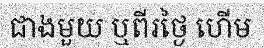
ជាងមួយ ឬពីរថ្ងៃ ហើម